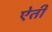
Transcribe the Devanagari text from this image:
ऐती